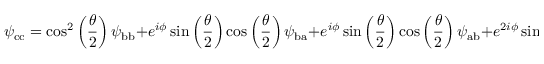
\psi _ { \mathrm { c c } } = \cos ^ { 2 } \left( \frac { \theta } { 2 } \right) \psi _ { \mathrm { b b } } + e ^ { i \phi } \sin \left( \frac { \theta } { 2 } \right) \cos \left( \frac { \theta } { 2 } \right) \psi _ { \mathrm { b a } } + e ^ { i \phi } \sin \left( \frac { \theta } { 2 } \right) \cos \left( \frac { \theta } { 2 } \right) \psi _ { \mathrm { a b } } + e ^ { 2 i \phi } \sin ^ { 2 } \left( \frac { \theta } { 2 } \right) \psi _ { \mathrm { a a } }